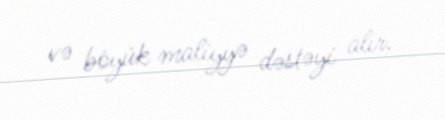
və böyük maliyyə dəstəyi alır.